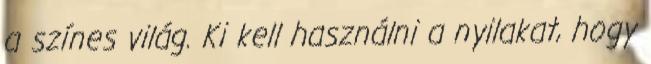
a színes világ. Ki kell használni a nyilakat, hogy